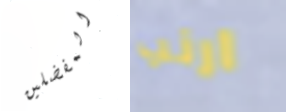
المفضلين ارنب